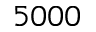
5 0 0 0